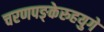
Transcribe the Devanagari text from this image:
चरणपङ्केरुहयुगे